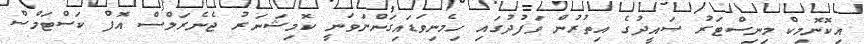
އިކޮނޮމިކް މިިނިސްޓަރު ސައީދުގެ އިތުރުން ވަފުދުގައި ހިމެނިވަޑައިގަންނަވަނީ ކޮމިޝަނަރު ޖެނެރަލްސް އޮފް ކަސްޓަމްސް